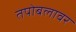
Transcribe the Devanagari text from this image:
तपोबलावर